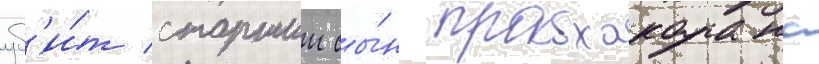
уб'и́т старшии сы́н прабхакарана